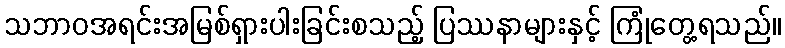
သဘာဝအရင်းအမြစ်ရှားပါးခြင်းစသည့် ပြဿနာများနှင့် ကြုံတွေ့ရသည်။